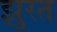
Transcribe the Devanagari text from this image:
झुरत